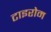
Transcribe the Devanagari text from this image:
टाइरोम